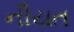
નીયત